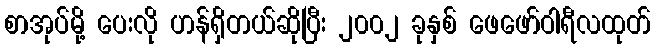
စာအုပ်မို့ ပေးလို ဟန်ရှိတယ်ဆိုပြီး ၂၀၀၂ ခုနှစ် ဖေဖော်ဝါရီလထုတ်